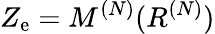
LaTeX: Z_{\mathrm{e}}=M^{(N)}(R^{(N)})